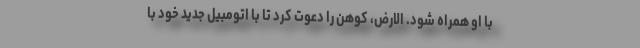
با او همراه شود. الارض، کوهن را دعوت کرد تا با اتومبیل جدید خود با